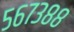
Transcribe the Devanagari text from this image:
५६७३८८